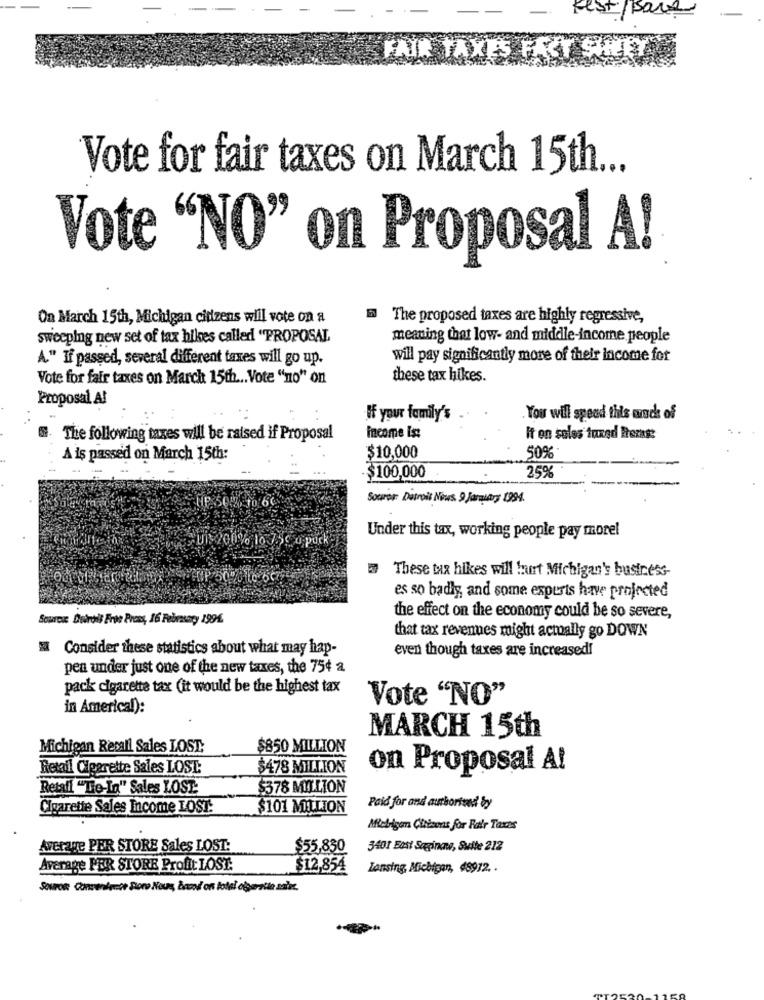
-
test/back
FAIR TAXES FACT SHEET
Vote for fair taxes on March 15th ...
Vote "NO" on Proposal A!
On March 15th, Michigan citizens will vote on a
The proposed taxes are highly regressive,
sweeping new set of tax hilses called "PROPOSAL
meaning that low- and middle-income people
A." If passed, several different taxes will go up.
will pay significantly more of their income for
Vote for fair taxes on March 15th .. Vote "no" on
these tax hikes.
Proposal Al
If your family's
. You will spend this wachs of
The following taxes will be raised if Proposal
income Ist
It on sales tuned Prezass
A is passed on March 15th:
$10,000
50%
$100,000
25%
HP 50:2-10-60
Souros: Detroit News. 9 JaralAry 1994.
Ui: 200% 10 7.59 0 puck
Under this tax, working people pay more!
These tax hikes will hurt Michigan's business-
es so badly, and some experts have projected
Source Dobroil Free Press, 16 Febmasary 1996.
the effect on the economy could be so severe,
that tax revenues might actually go DOWN
Consider these statistics about what may hap-
even though taxes are increased!
pen under just one of the new taxes, the 75¢ a
pack cigarette tax (it would be the highest tax
Vote "NO"
in Americal):
MARCH 15th
Michigan Recall Sales LOST:
$850 MILLION
Retail Clegrette Sales LOST:
$478 MILLION
on Proposal A!
Retail "Tie-In" Sales LOST:
$378 MILLION
Cigarette Sales Income LOST:
$101 MILLION
Paid for and authoriund by
Mlebrigen Citizens for Fair Taxes
Average PER STORE Sales LOST:
$55,830
3401 East Saginaw, Suite 212
Average PER STORE Profit LOST.
$12,854
Lansing, Michigan, 48972. .
Sowon Convenience Store Nous, åsi on total oberste sabe.